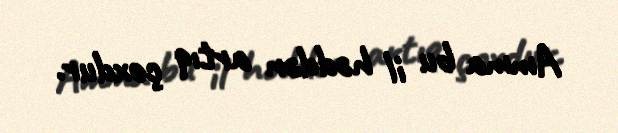
Amma bu il həddən artıq çoxdur.